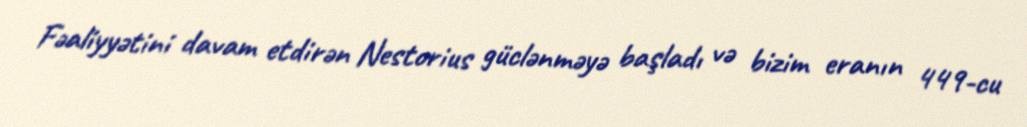
Fəaliyyətini davam etdirən Nestorius güclənməyə başladı və bizim eranın 449-cu